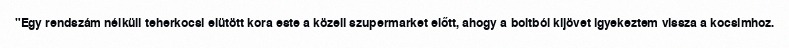
"Egy rendszám nélküli teherkocsi elütött kora este a közeli szupermarket előtt, ahogy a boltból kijövet igyekeztem vissza a kocsimhoz.